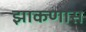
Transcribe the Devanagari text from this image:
झाकणास